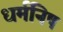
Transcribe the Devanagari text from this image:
धर्मनिष